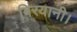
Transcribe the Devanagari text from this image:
बिरयानी।